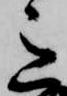
意